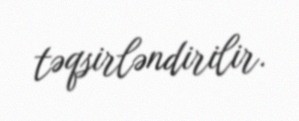
təqsirləndirilir.